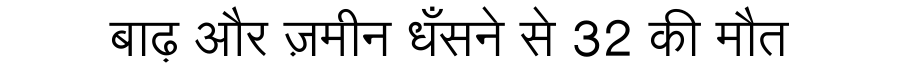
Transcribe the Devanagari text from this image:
बाढ़ और ज़मीन धँसने से 32 की मौत